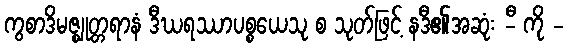
ကွစာဒိမဇ္ဈုတ္တရာနံ ဒီဃရဿာပစ္စယေသု စ သုတ်ဖြင့် နဒီ၏အဆုံး -ီ ကို -